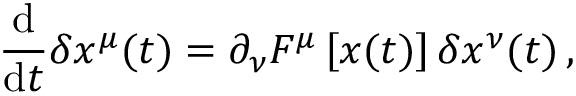
\frac { \mathrm { d } } { \mathrm { d } t } \delta x ^ { \mu } ( t ) = \partial _ { \nu } F ^ { \mu } \left[ \boldsymbol { x } ( t ) \right] \delta x ^ { \nu } ( t ) \, ,